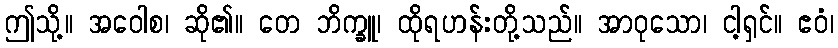
ဤသို့။ အဝေါစ၊ ဆို၏။ တေ ဘိက္ခူ၊ ထိုရဟန်းတို့သည်။ အာဝုသော၊ ငါ့ရှင်။ ဧဝံ၊